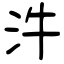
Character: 汼